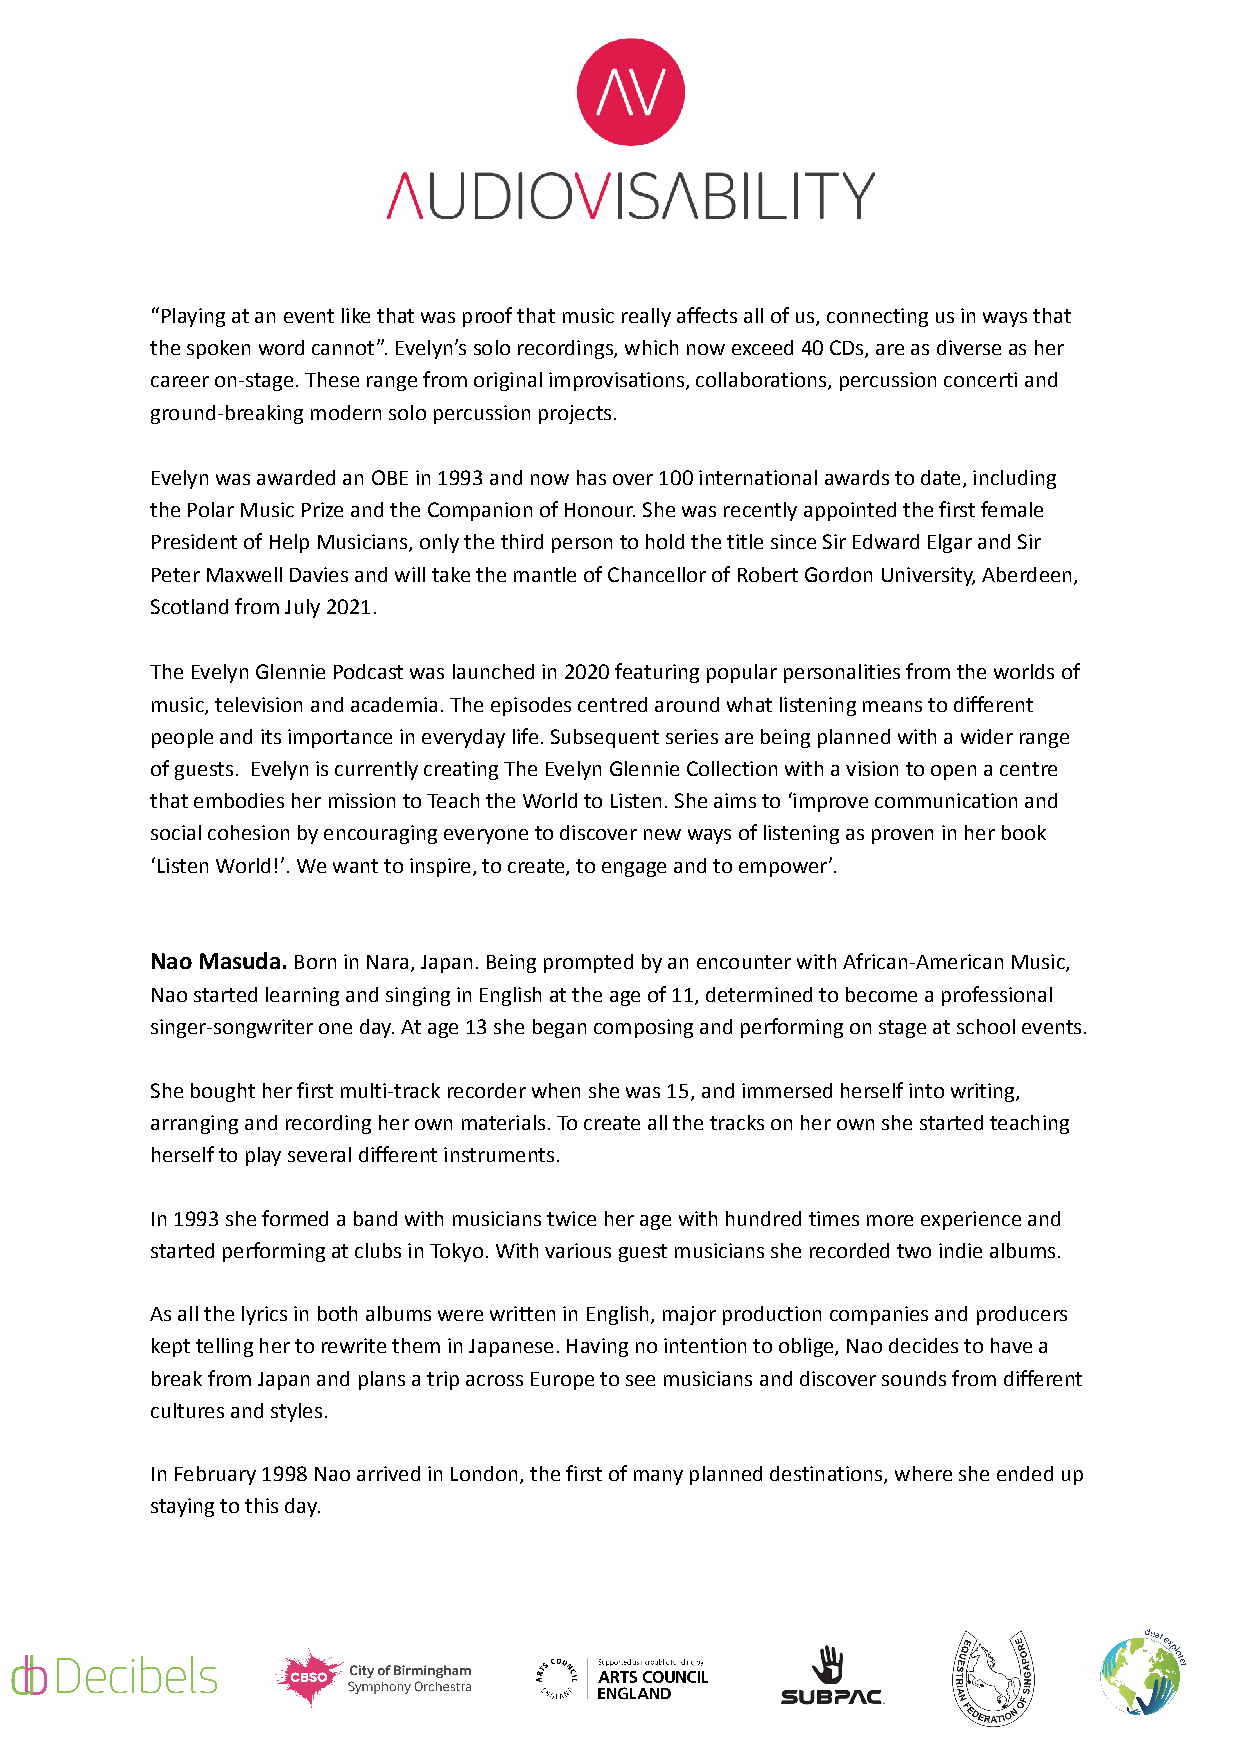
“Playing at an event like that was proof that music really affects all of us, connecting us in ways that
 the spoken word cannot”. Evelyn’s solo recordings, which now exceed 40CDs, are as diverse as her
 career on-stage. These range from original improvisations, collaborations, percussion concerti and
 ground-breaking modern solo percussion projects.
 Evelyn was awarded an OBE in 1993 and now has over 100 international awards to date, including
 the Polar Music Prize and the Companion of Honour. She was recently appointed the first female
 President ofHelp Musicians, only the third personto hold the title since Sir Edward Elgar and Sir
 Peter Maxwell Davies and will take the mantle of Chancellor of Robert Gordon University, Aberdeen,
 Scotland from July 2021.
 The Evelyn Glennie Podcastwas launched in 2020 featuringpopular personalities from the worlds of
 music, television and academia. The episodes centred around what listening means to different
 people and its importance in everyday life. Subsequent series are being planned with a wider range
 of guests. Evelyn is currently creating The Evelyn Glennie Collection with a vision to open a centre
 that embodies her mission to Teach the World to Listen. She aims to ‘improve communication and
 social cohesion by encouraging everyone to discover new ways of listening as proven in her book
 ‘Listen World!’. We want to inspire, to create, toengage and to empower’.
 Nao Masuda.Born in Nara, Japan.Being prompted byan encounter with African-American Music,
 Nao started learning and singing in English at the age of 11, determined to become a professional
 singer-songwriter one day. At age 13 she began composing and performing on stage at school events.
 She bought her first multi-track recorder when she was 15, and immersed herself into writing,
 arranging and recording her own materials. To create all the tracks on her own she started teaching
 herself to play several different instruments.
 In 1993 she formed a band with musicians twice her age with hundred times more experience and
 started performing at clubs in Tokyo. With various guest musicians she recorded two indie albums.
 As all the lyrics in both albums were written in English, major production companies and producers
 kept telling her to rewrite them in Japanese. Having no intention to oblige, Nao decides to have a
 break from Japan and plans a trip across Europe to see musicians and discover sounds from different
 cultures and styles.
 In February 1998 Nao arrived in London, the first of many planned destinations, where she ended up
 staying to this day.